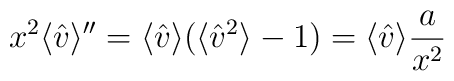
x^2 \langle {\hat v} \rangle '' = \langle {\hat v} \rangle(\langle {\hat v}^2 \rangle - 1) = \langle {\hat v} \rangle {a \over x^2}